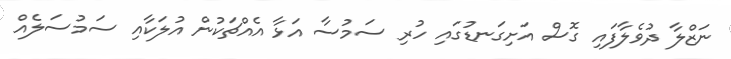
ނަޒްލާ ދުވެލާފައި ގޮސް އަށިގަނޑުގައި ހުރި ސަމުސާ އަޅާ އެއްޗަކުން އުލަކާއި ސަމުސަލެއް